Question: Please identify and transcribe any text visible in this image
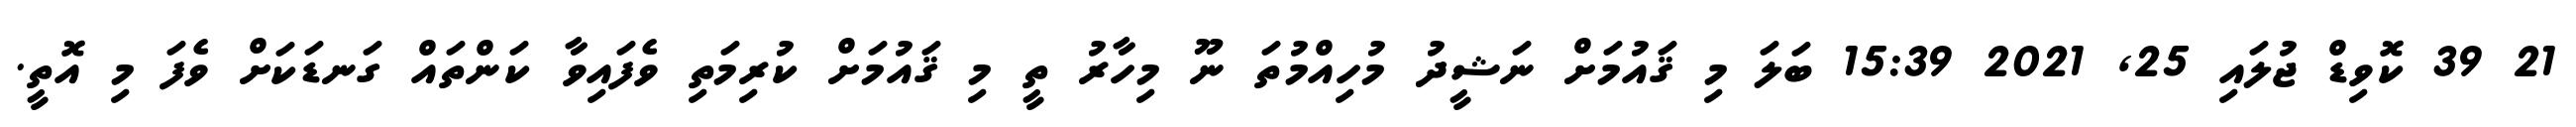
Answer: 21 39 ކޮވިޑް ޖުލައި 25, 2021 15:39 ބަލަ މި ޤައުމަށް ނަޝީދު މުހިއްމުތަ ނޫ މިހާރު ތީ މި ޤައުމަށް ކުރިމަތި ވެފައިވާ ކަންތައް ގަނޑަކަށް ވެފަ މި އޮތީ.